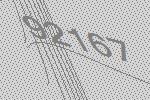
92167